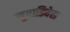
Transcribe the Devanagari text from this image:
सुवाडिवेस